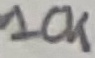
Text: 10K